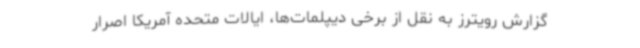
گزارش رویترز به نقل از برخی دیپلمات‌ها، ایالات متحده آمریکا اصرار